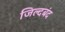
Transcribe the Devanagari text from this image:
जिल्दबंद